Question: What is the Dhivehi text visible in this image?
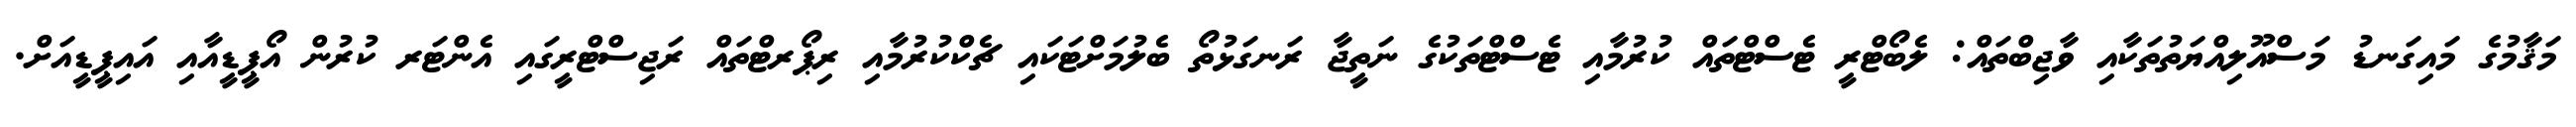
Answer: މަޤާމުގެ މައިގަނޑު މަސްއޫލިއްޔަތުތަކާއި ވާޖިބްތައް: ލެބޯޓްރީ ޓެސްޓްތައް ކުރުމާއި ޓެސްޓްތަކުގެ ނަތީޖާ ރަނގަޅުތޯ ބެލުމަށްޓަކައި ޗެކްކުރުމާއި ރިޕޯރޓްތައް ރަޖިސްޓްރީގައި އެންޓަރ ކުރުން އޯޕީޑީއާއި އައިޕީޑީއަށް.